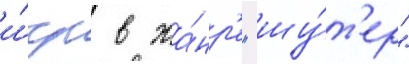
и́гр в жа́нр'е "шу́т'ер"